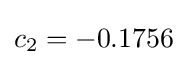
c_{2}=-0.1756